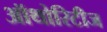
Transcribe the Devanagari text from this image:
ऑथोरिटीज